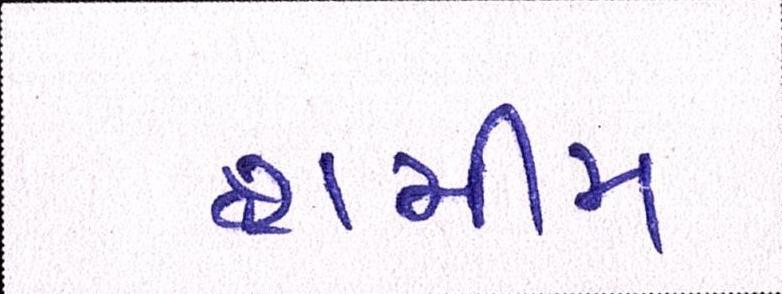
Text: શમીમ